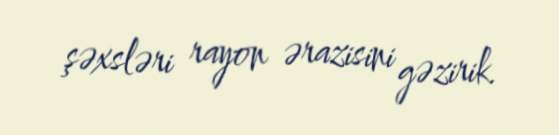
şəxsləri rayon ərazisini gəzirik.